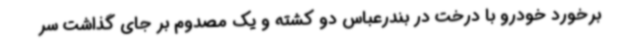
برخورد خودرو با درخت در بندرعباس دو کشته و یک مصدوم بر جای گذاشت سر